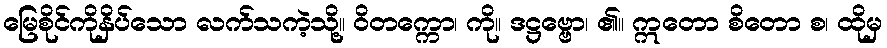
မြေစိုင်ကိုနှိပ်သော လက်သကဲ့သို့။ ဝိတက္ကော၊ ကို။ ဒဋ္ဌဗ္ဗော၊ ၏။ ဣတော စိတော စ၊ ထိုမှ